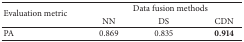
<table><thead><tr><td rowspan="2"><b>Evaluation metric</b></td><td colspan="3"><b>Data fusion methods</b></td></tr><tr><td><b>NN</b></td><td><b>DS</b></td><td><b>CDN</b></td></tr></thead><tbody><tr><td>PA</td><td>0.869</td><td>0.835</td><td><b>0.914</b></td></tr></tbody></table>